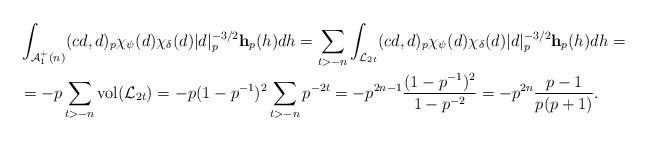
LaTeX: \begin{align*} & \int_{\mathcal A_1^+(n)}(cd,d)_p\chi_{\psi}(d)\chi_{\delta}(d)|d|_p^{-3/2}\mathbf h_p(h) dh = \sum_{t > -n} \int_{\mathcal L_{2t}}(cd,d)_p\chi_{\psi}(d)\chi_{\delta}(d)|d|_p^{-3/2}\mathbf h_p(h) dh = \\ & = -p \sum_{t > -n} \mathrm{vol}(\mathcal L_{2t}) = -p(1-p^{-1})^2 \sum_{t > -n} p^{-2t} = -p^{2n-1}\frac{(1-p^{-1})^2}{1-p^{-2}} = -p^{2n}\frac{p-1}{p(p+1)}.\end{align*}